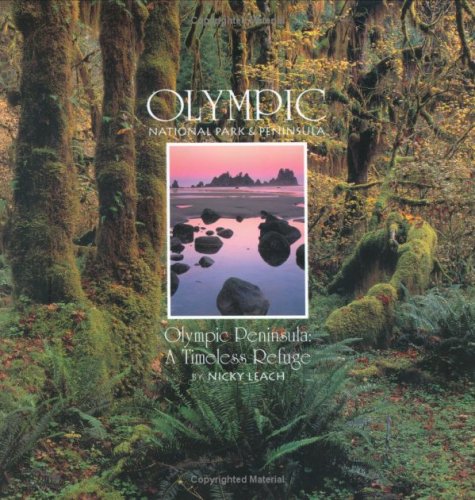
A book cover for Olympic National Park: A Timeless Refuge (A Pocket Portfolio BookÂ©); Nicky Leach; Travel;